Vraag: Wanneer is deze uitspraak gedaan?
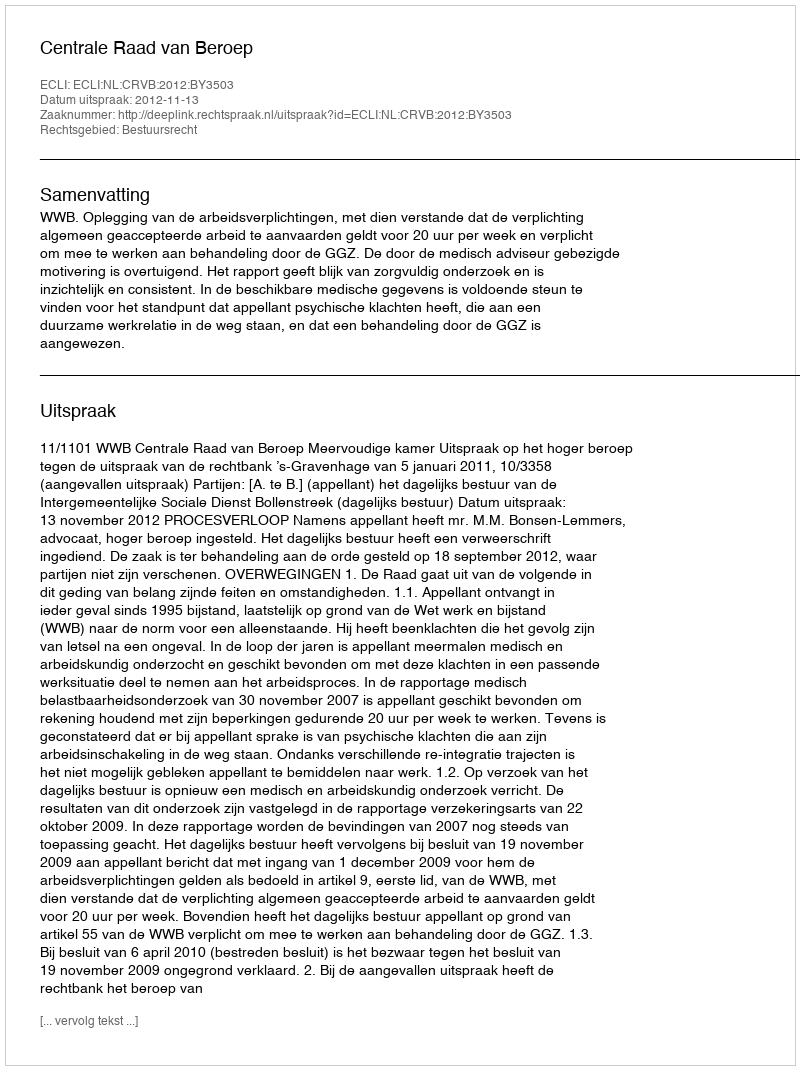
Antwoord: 2012-11-13